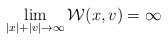
LaTeX: \begin{align*}\lim_{|x|+|v|\to \infty} \mathcal W(x,v)=\infty\end{align*}